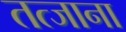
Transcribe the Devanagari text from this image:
तत्जाना